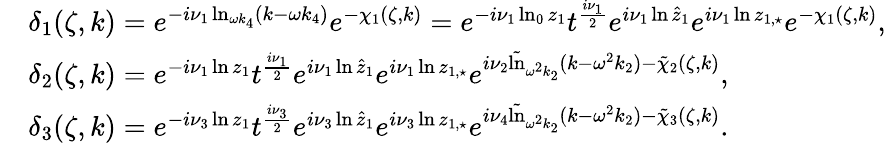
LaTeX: \begin{array}{rl}&{\delta_{1}(\zeta,k)=e^{-i\nu_{1}\ln_{\omega k_{4}}(k-\omega k_{4})}e^{-\chi_{1}(\zeta,k)}=e^{-i\nu_{1}\ln_{0}z_{1}}t^{\frac{i\nu_{1}}{2}}e^{i\nu_{1}\ln\hat{z}_{1}}e^{i\nu_{1}\ln z_{1,\star}}e^{-\chi_{1}(\zeta,k)},}\\ &{\delta_{2}(\zeta,k)=e^{-i\nu_{1}\ln z_{1}}t^{\frac{i\nu_{1}}{2}}e^{i\nu_{1}\ln\hat{z}_{1}}e^{i\nu_{1}\ln z_{1,\star}}e^{i\nu_{2}\tilde{\ln}_{\omega^{2}k_{2}}(k-\omega^{2}k_{2})-\tilde{\chi}_{2}(\zeta,k)},}\\ &{\delta_{3}(\zeta,k)=e^{-i\nu_{3}\ln z_{1}}t^{\frac{i\nu_{3}}{2}}e^{i\nu_{3}\ln\hat{z}_{1}}e^{i\nu_{3}\ln z_{1,\star}}e^{i\nu_{4}\tilde{\ln}_{\omega^{2}k_{2}}(k-\omega^{2}k_{2})-\tilde{\chi}_{3}(\zeta,k)}.}\end{array}